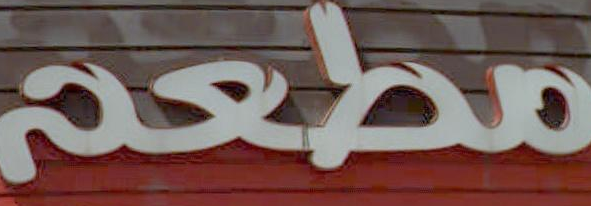
مطعم